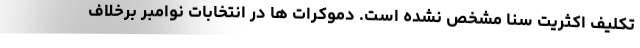
تکلیف اکثریت سنا مشخص نشده است. دموکرات ها در انتخابات نوامبر برخلاف